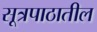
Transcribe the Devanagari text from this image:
सूत्रपाठातील